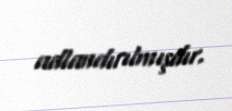
adlandırılmışdır.